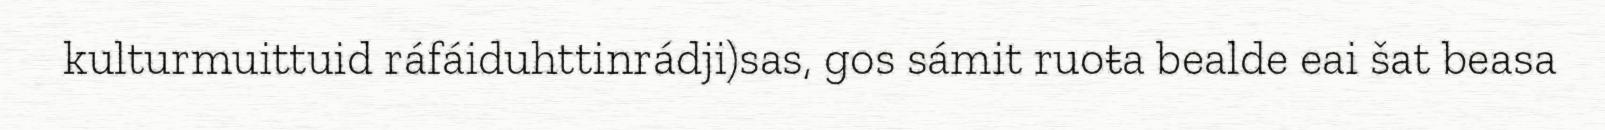
kulturmuittuid ráfáiduhttinrádji)sas, gos sámit ruoŧa bealde eai šat beasa